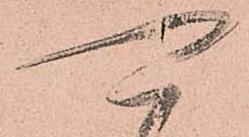
可